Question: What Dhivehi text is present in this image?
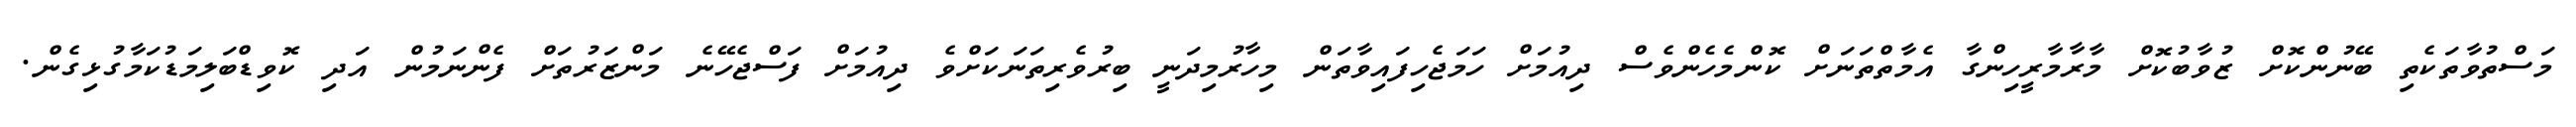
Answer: މަސްތުވާތަކެތި ބޭނުންކޮށް ޒުވާބުކޮށް މާރާމާރީހިންގާ އެމާތްތަނަށް ކޮންމެހެންވެސް ދިއުމަށް ހަމަޖެހިފައިވާތަން މިހާރުމިދަނީ ބިރުވެރިތަނަކަށްވެ ދިއުމަށް ފަސްޖެހޭނެ މަންޒަރުތަށް ފެންނަމުން އަދި ކޮވިޑްބަލިމަޑުކަމާގުޅިގެން.